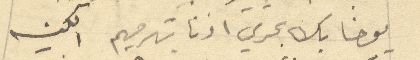
يوحنا بك بحري اذنا بترميم الكنيسه